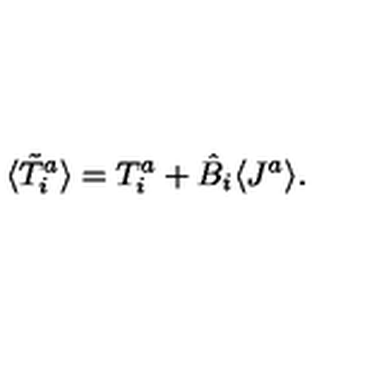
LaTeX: \langle \tilde { T } _ { i } ^ { a } \rangle = T _ { i } ^ { a } + \hat { B } _ { i } \langle J ^ { a } \rangle .